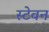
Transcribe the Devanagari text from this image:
स्टेवन